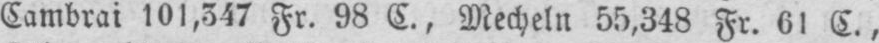
Cambrai 101,347 Fr. 98 C., Mecheln 55,348 Fr. 61 C.,